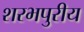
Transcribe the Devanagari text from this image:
शरभपुरीय